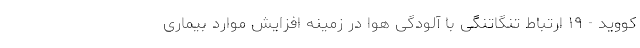
کووید - ۱۹ ارتباط تنگاتنگی با آلودگی هوا در زمینه افزایش موارد بیماری